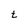
Character: t